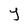
Character: Y